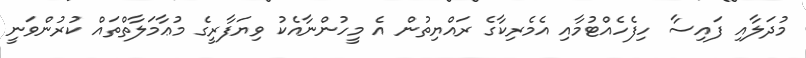
މުދަލާއި ފައިސާ ހިފެހެއްޓުމާއި އެމެރިކާގެ ރައްޔިތުން އެ މީހުންނާއެކު ވިޔަފާރީގެ މުޢާމަލާތްތައް ކުރުންވަނީ